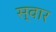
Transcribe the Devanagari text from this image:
स्‍वार